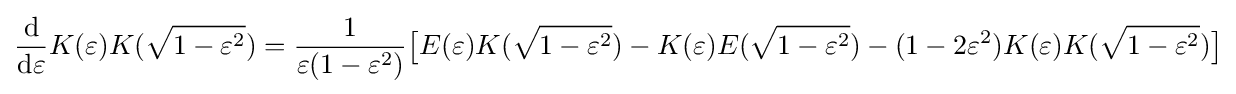
{\frac {\mathrm {d} }{\mathrm {d} \varepsilon }}K(\varepsilon )K({\sqrt {1-\varepsilon ^{2}}})={\frac {1}{\varepsilon (1-\varepsilon ^{2})}}{\bigl [}E(\varepsilon )K({\sqrt {1-\varepsilon ^{2}}})-K(\varepsilon )E({\sqrt {1-\varepsilon ^{2}}})-(1-2\varepsilon ^{2})K(\varepsilon )K({\sqrt {1-\varepsilon ^{2}}}){\bigr ]}